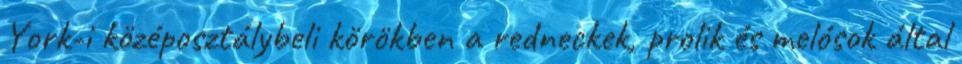
York-i középosztálybeli körökben a redneckek, prolik és melósok által